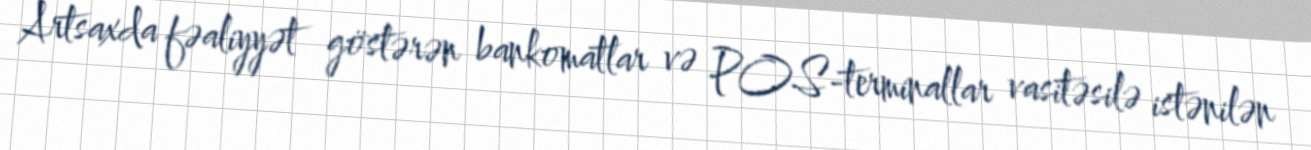
Artsaxda fəaliyyət göstərən bankomatlar və POS-terminallar vasitəsilə istənilən